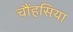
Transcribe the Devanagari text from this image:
चौंहसिया